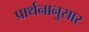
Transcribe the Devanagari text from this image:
प्रार्थनानुसार